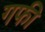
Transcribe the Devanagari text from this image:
गफी